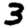
Digit: 3